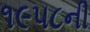
૧૯૫૮ની